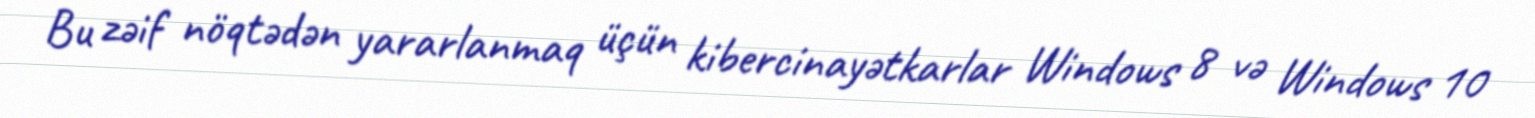
Bu zəif nöqtədən yararlanmaq üçün kibercinayətkarlar Windows 8 və Windows 10